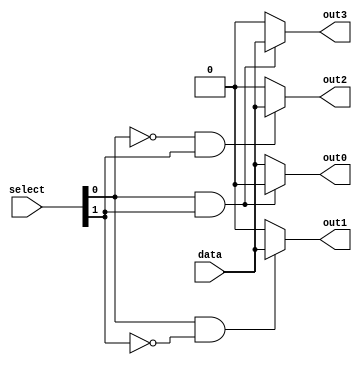
module demux2to4 (
    input [1:0] select,
    input data,
    output reg out0,
    output reg out1,
    output reg out2,
    output reg out3
);

reg [3:0] decoded_select;

// Decoder
assign decoded_select[0] = ~(select[0] & select[1]);
assign decoded_select[1] = select[0] & ~select[1];
assign decoded_select[2] = ~select[0] & select[1];
assign decoded_select[3] = select[0] & select[1];

// Mux
always @*
begin
    out0 = (decoded_select[0]) ? data : 1'b0;
    out1 = (decoded_select[1]) ? data : 1'b0;
    out2 = (decoded_select[2]) ? data : 1'b0;
    out3 = (decoded_select[3]) ? data : 1'b0;
end

endmodule